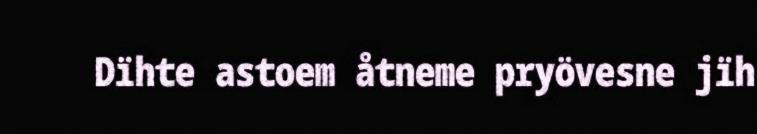
Dïhte astoem åtneme pryövesne jïh